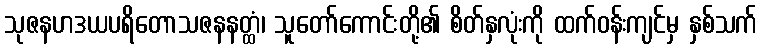
သုဇနဟဒယပရိတောသဇနနတ္ထံ၊ သူတော်ကောင်းတို့၏ စိတ်နှလုံးကို ထက်ဝန်းကျင်မှ နှစ်သက်